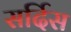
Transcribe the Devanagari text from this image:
सर्दिस